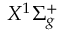
X ^ { 1 } \Sigma _ { g } ^ { + }